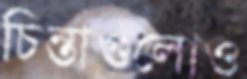
চিন্তাগুলোও